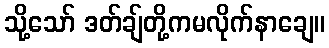
သို့သော် ဒတ်ချ်တို့ကမလိုက်နာချေ။